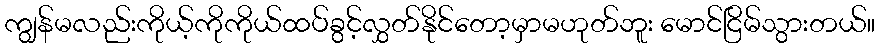
ကျွန်မလည်းကိုယ့်ကိုကိုယ်ထပ်ခွင့်လွှတ်နိုင်တော့မှာမဟုတ်ဘူး မောင်ငြိမ်သွားတယ်။